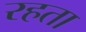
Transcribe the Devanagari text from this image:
रहता